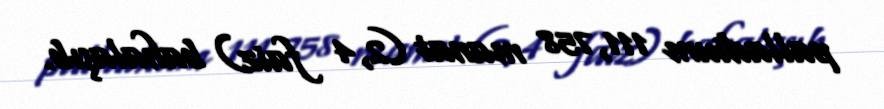
palladium 111,758 manat (2,4 faiz) bahalaşıb.